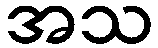
အသ